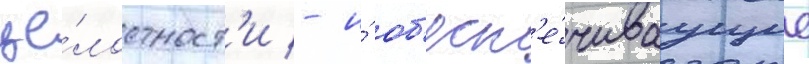
це́лостност'и - и́ об'есп'е́чиваущие